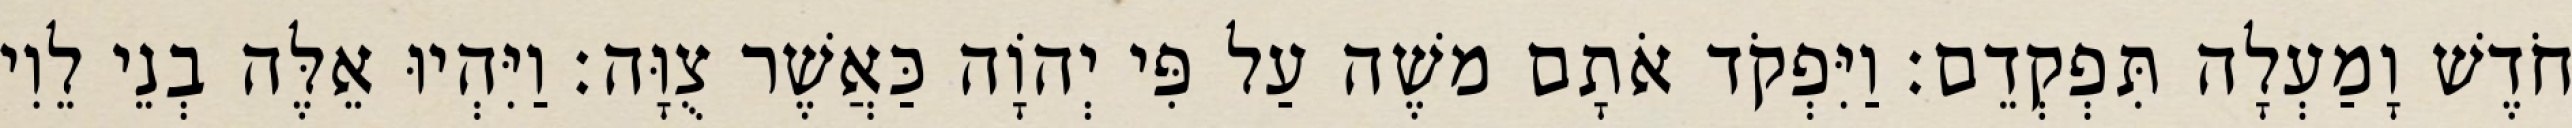
חֹדֶשׁ וָמַעְלָה תִּפְקְדֵם׃ וַיִּפְקֹד אֹתָם משֶׁה עַל פִּי יְהוָֹה כַּאֲשֶׁר צֻוָּה׃ וַיִּהְיוּ אֵלֶּה בְנֵי לֵוִי